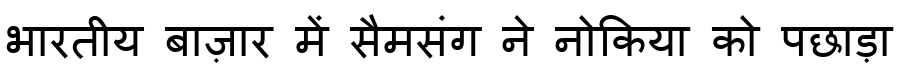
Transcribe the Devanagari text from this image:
भारतीय बाज़ार में सैमसंग ने नोकिया को पछाड़ा